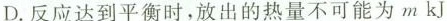
D.反应达到平衡时，放出的热量不可能为mkJ